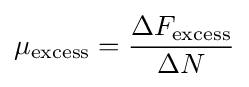
\mu _{\text{excess}}={\frac {\Delta F_{\text{excess}}}{\Delta N}}